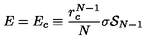
E = E _ { c } \equiv { \frac { r _ { c } ^ { N - 1 } } { N } } \sigma { \cal S } _ { N - 1 }